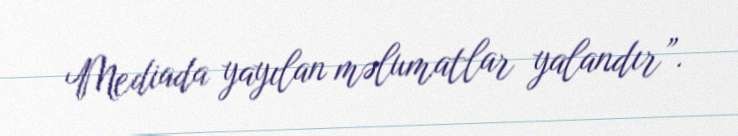
Mediada yayılan məlumatlar yalandır”.